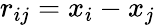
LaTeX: r_{ij}=x_{i}-x_{j}